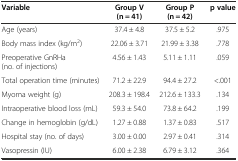
<table><thead><tr><td><b>Variable</b></td><td><b>Group V (n = 41)</b></td><td><b>Group P (n = 42)</b></td><td><b>p value</b></td></tr></thead><tbody><tr><td>Age (years)</td><td>37.4 ± 4.8</td><td>37.5 ± 5.2</td><td>.975</td></tr><tr><td>Body mass index (kg/m<sup>2</sup>)</td><td>22.06 ± 3.71</td><td>21.99 ± 3.38</td><td>.778</td></tr><tr><td>Preoperative GnRHa (no. of injections)</td><td>4.56 ± 1.43</td><td>5.11 ± 1.11</td><td>.059</td></tr><tr><td>Total operation time (minutes)</td><td>71.2 ± 22.9</td><td>94.4 ± 27.2</td><td>&lt;.001</td></tr><tr><td>Myoma weight (g)</td><td>208.3 ± 198.4</td><td>212.6 ± 133.3</td><td>.134</td></tr><tr><td>Intraoperative blood loss (mL)</td><td>59.3 ± 54.0</td><td>73.8 ± 64.2</td><td>.199</td></tr><tr><td>Change in hemoglobin (g/dL)</td><td>1.27 ± 0.88</td><td>1.37 ± 0.83</td><td>.517</td></tr><tr><td>Hospital stay (no. of days)</td><td>3.00 ± 0.00</td><td>2.97 ± 0.41</td><td>.314</td></tr><tr><td>Vasopressin (IU)</td><td>6.00 ± 2.38</td><td>6.79 ± 3.12</td><td>.364</td></tr></tbody></table>